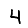
Digit: 4